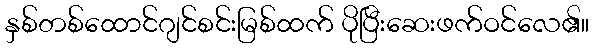
နှစ်တစ်ထောင်ဂျင်စင်းမြစ်ထက် ပိုပြီးဆေးဖက်ဝင်လေ၏။